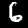
Label: 6